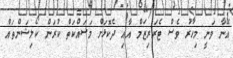
އޭނާ ވަނީ މިހާރު ވެސް ޓެރަރިޒަމް އާއި ދެކޮޅަށް މަސައްކަތް ކުރަން ކޯލިޝަންތައް